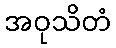
အဝုသိတံ